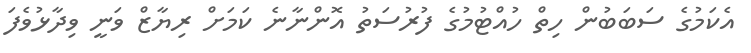
އެކަމުގެ ސަބަބުން ހިތް ހުއްޓުމުގެ ފުރުސަތު އޮންނާނެ ކަމަށް ރިޔާޒް ވަނީ ވިދާޅުވެފަ